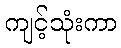
ကျင့်သုံးကာ